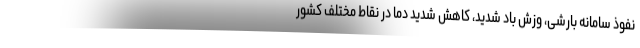
نفوذ سامانه بارشی، وزش باد شدید، کاهش شدید دما در نقاط مختلف کشور